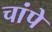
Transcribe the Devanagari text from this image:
चांपे